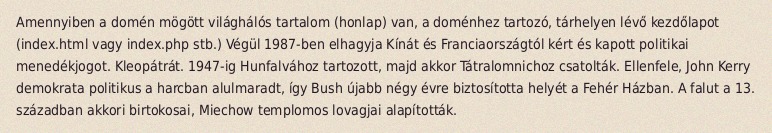
Amennyiben a domén mögött világhálós tartalom (honlap) van, a doménhez tartozó, tárhelyen lévő kezdőlapot (index.html vagy index.php stb.) Végül 1987-ben elhagyja Kínát és Franciaországtól kért és kapott politikai menedékjogot. Kleopátrát. 1947-ig Hunfalvához tartozott, majd akkor Tátralomnichoz csatolták. Ellenfele, John Kerry demokrata politikus a harcban alulmaradt, így Bush újabb négy évre biztosította helyét a Fehér Házban. A falut a 13. században akkori birtokosai, Miechow templomos lovagjai alapították.